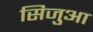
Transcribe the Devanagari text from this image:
सिजुआ